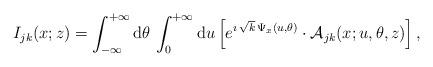
LaTeX: \begin{align*} I_{jk}(x;z)=\int_{-\infty}^{+\infty}\mathrm{d}\theta\,\int_0^{+\infty}\mathrm{d}u\left[e^{\imath\,\sqrt{k}\,\Psi_x(u,\theta)}\cdot\mathcal{A}_{jk}(x;u,\theta,z)\right],\end{align*}